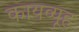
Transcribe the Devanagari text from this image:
कायव्यूह